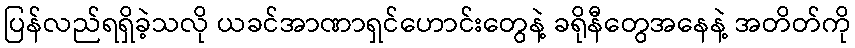
ပြန်လည်ရရှိခဲ့သလို ယခင်အာဏာရှင်ဟောင်းတွေနဲ့ ခရိုနီတွေအနေနဲ့ အတိတ်ကို